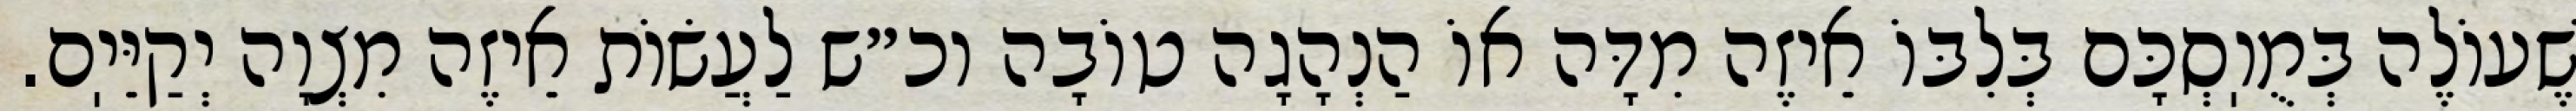
שֶׁעוֹלֶה בְּמֻוֽסְכָּם בְּלִבּוֹ אֵיזֶה מִדָּה אוֹ הַנְהָגָה טוֹבָה וכ״ש לַעֲשׂוֹת אֵיזֶה מִצְוָה יְקַיֵּיֽם.